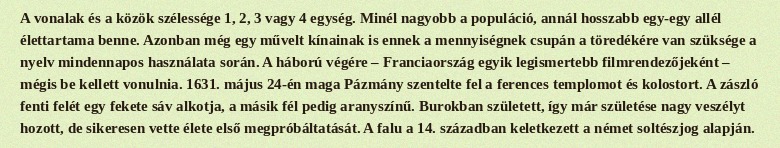
A vonalak és a közök szélessége 1, 2, 3 vagy 4 egység. Minél nagyobb a populáció, annál hosszabb egy-egy allél élettartama benne. Azonban még egy művelt kínainak is ennek a mennyiségnek csupán a töredékére van szüksége a nyelv mindennapos használata során. A háború végére – Franciaország egyik legismertebb filmrendezőjeként – mégis be kellett vonulnia. 1631. május 24-én maga Pázmány szentelte fel a ferences templomot és kolostort. A zászló fenti felét egy fekete sáv alkotja, a másik fél pedig aranyszínű. Burokban született, így már születése nagy veszélyt hozott, de sikeresen vette élete első megpróbáltatását. A falu a 14. században keletkezett a német soltészjog alapján.